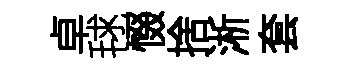
卓毬惙捨淅套